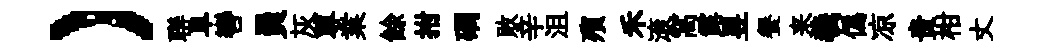
）聨阜轡員灰蓴業餘拊磵敗辛沮殯禾滚窩露昱餐来羲僞凉贵柑丈